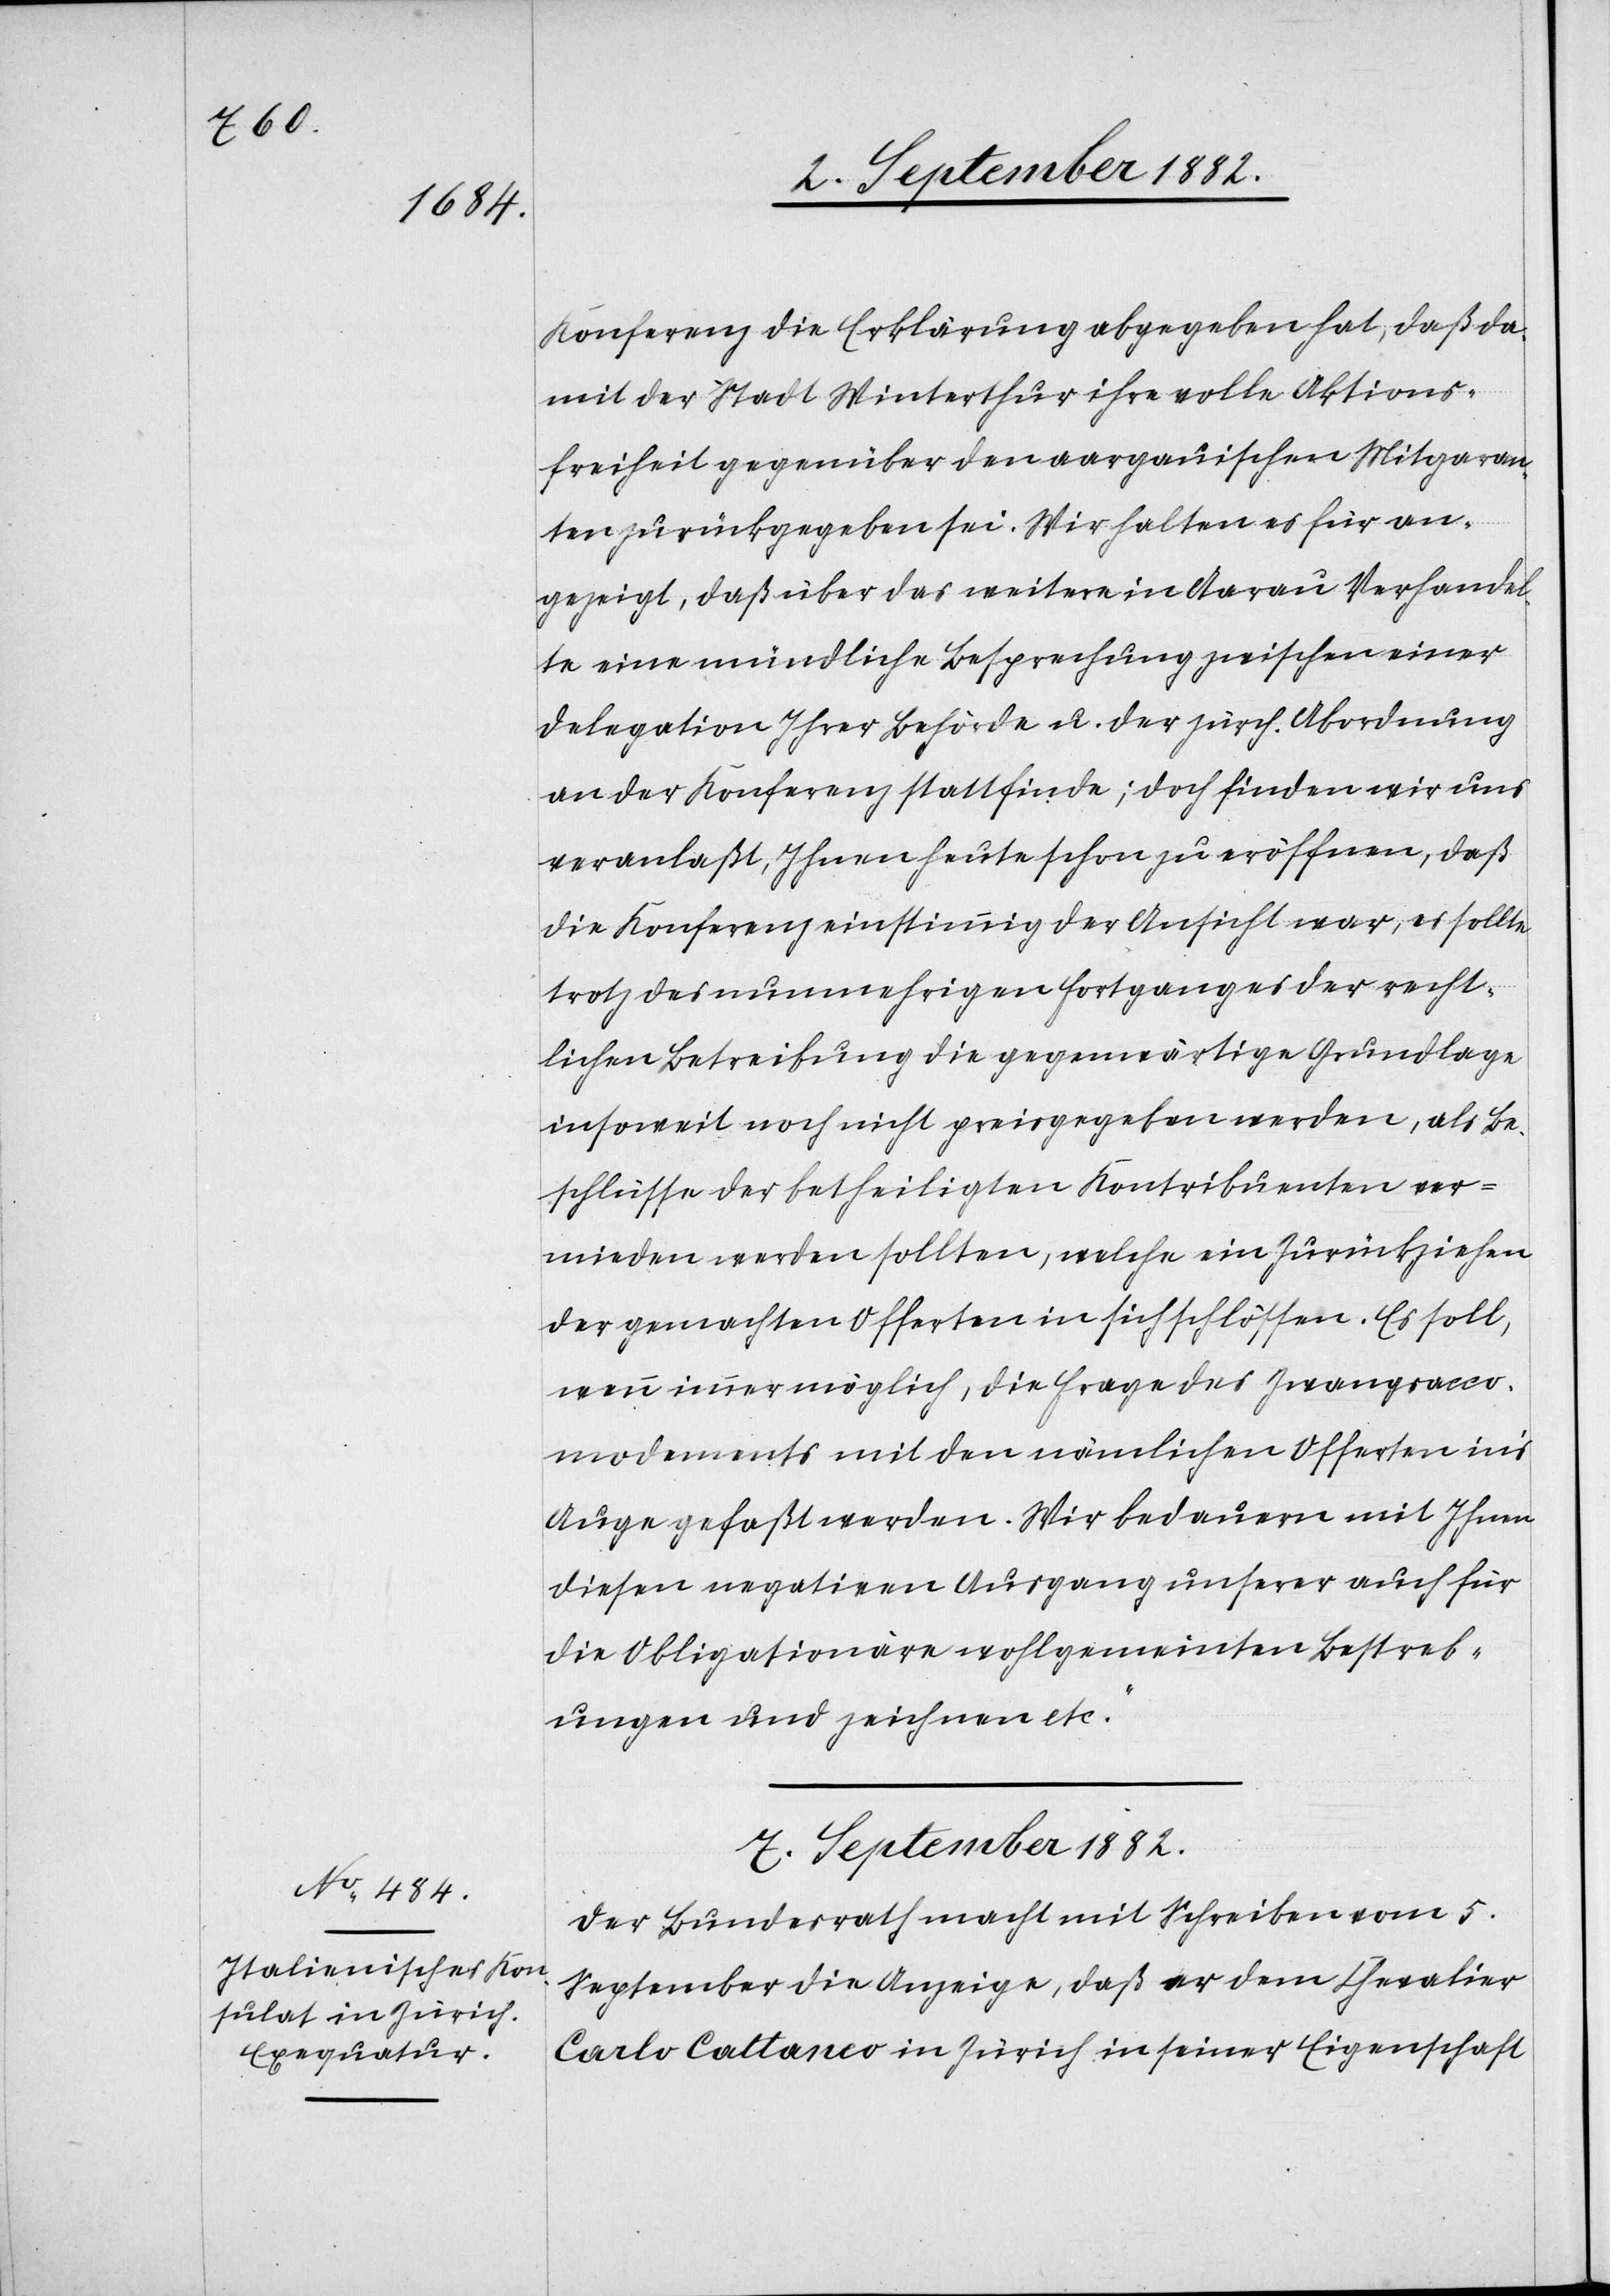
Konferenz die Erklärung abgegeben hat, daß da¬
mit der Stadt Winterthur ihre volle Aktions¬
freiheit gegenüber den aargauischen Mitgaran¬
ten zurückgegeben sei. Wir halten es für an¬
gezeigt, daß über das weitere in Aarau Verhandel¬
te eine mündliche Besprechung zwischen einer
Delegation Ihrer Behörde u. der zürch. Abordnung
an der Konferenz stattfinde; doch finden wir uns
veranlaßt, Ihnen heute schon zu eröffnen, daß
die Konferenz einstimmig der Ansicht war, es sollte
trotz des nunmehrigen Fortganges der recht¬
lichen Betreibung die gegenwärtige Grundlage
insoweit noch nicht preisgegeben werden, als Be¬
schlüsse der betheiligten Kontribuenten ver¬
mieden werden sollten, welche ein Zurückziehen
der gemachten Offerten in sich schlössen. Es soll,
wenn immer möglich, die Frage des Zwangsacco¬
modements mit den nämlichen Offerten in’s
Auge gefaßt werden. Wir bedauern mit Ihnen
diesen negativen Ausgang unserer auch für
die Obligationäre wohlgemeinten Bestreb¬
ungen und zeichnen etc.“
7. September 1882.
Der Bundesrath macht mit Schreiben vom 5.
September die Anzeige, daß er dem Chevalier
Carlo Cattaneo in Zürich in seiner Eigenschaft